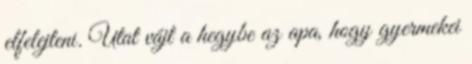
elfelejteni. Utat vájt a hegybe az apa, hogy gyermekei